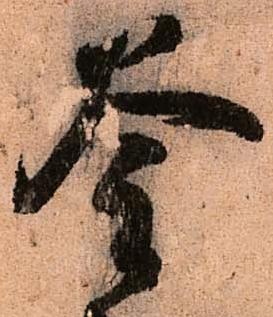
釜